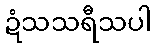
ဍံသသရီသပါ